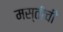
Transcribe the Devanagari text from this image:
मस्तीची